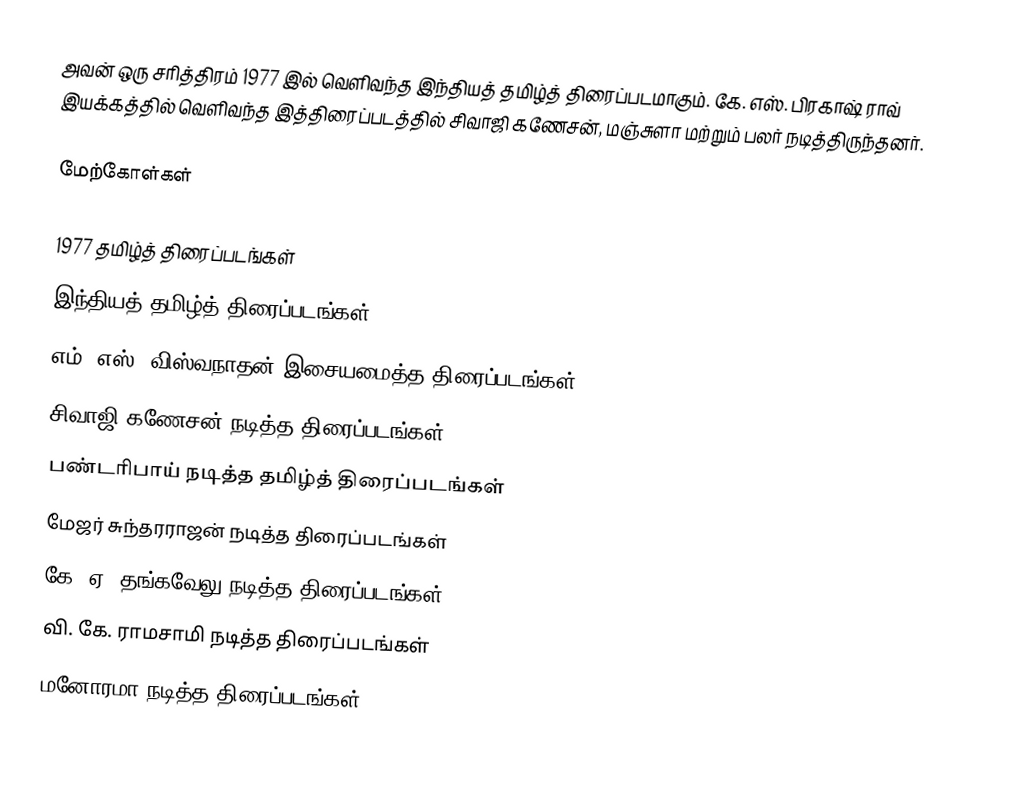
அவன் ஒரு சரித்திரம் 1977 இல் வெளிவந்த இந்தியத் தமிழ்த் திரைப்படமாகும். கே. எஸ். பிரகாஷ் ராவ் இயக்கத்தில் வெளிவந்த இத்திரைப்படத்தில் சிவாஜி கணேசன், மஞ்சுளா மற்றும் பலர் நடித்திருந்தனர்.

மேற்கோள்கள்

1977 தமிழ்த் திரைப்படங்கள்
இந்தியத் தமிழ்த் திரைப்படங்கள்
எம். எஸ். விஸ்வநாதன் இசையமைத்த திரைப்படங்கள்
சிவாஜி கணேசன் நடித்த திரைப்படங்கள்
பண்டரிபாய் நடித்த தமிழ்த் திரைப்படங்கள்
மேஜர் சுந்தரராஜன் நடித்த திரைப்படங்கள்
கே. ஏ. தங்கவேலு நடித்த திரைப்படங்கள்
வி. கே. ராமசாமி நடித்த திரைப்படங்கள்
மனோரமா நடித்த திரைப்படங்கள்